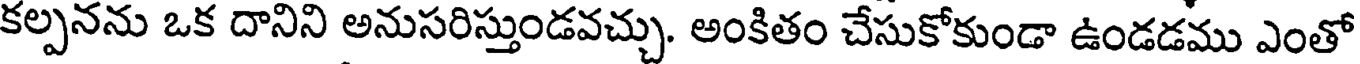
కల్పనను ఒక దానిని అనుసరిస్తుండవచ్చు. అంకితం చేసుకోకుండా ఉండడము ఎంతో